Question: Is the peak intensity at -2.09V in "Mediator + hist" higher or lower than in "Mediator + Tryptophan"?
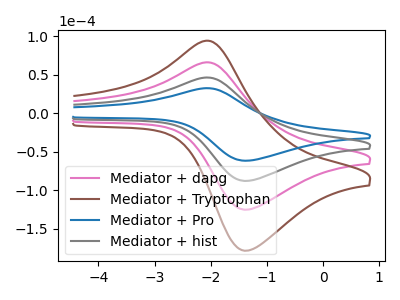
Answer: <think>The pink curve "Mediator + dapg" has an anodic peak at (-2.10V, 92.65uA) and a cathodic peak at (-1.35V, -175.75uA). The brown curve "Mediator + Tryptophan" has an anodic peak at (-2.10V, 138.95uA) and a cathodic peak at (-1.35V, -263.60uA). The blue curve "Mediator + Pro" has an anodic peak at (-2.10V, 32.50uA) and a cathodic peak at (-1.35V, -61.65uA). The gray curve "Mediator + hist" has an anodic peak at (-2.10V, 46.30uA) and a cathodic peak at (-1.35V, -87.85uA).</think>
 <answer>The peak at -2.09V is lower in "Mediator + hist" than in "Mediator + Tryptophan".</answer>
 <eval>lower</eval>